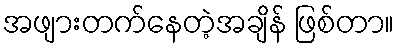
အဖျားတက်နေတဲ့အချိန် ဖြစ်တာ။